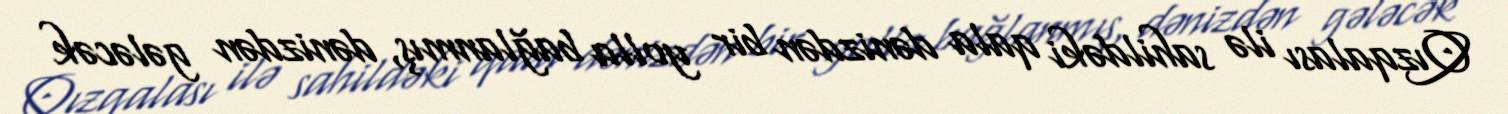
Qızqalası ilə sahildəki qala dənizdən bir yolla bağlanmış, dənizdən gələcək